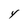
Character: Y